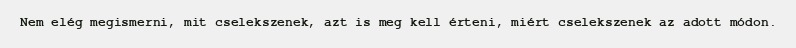
Nem elég megismerni, mit cselekszenek, azt is meg kell érteni, miért cselekszenek az adott módon.